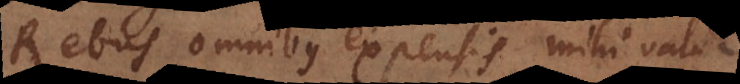
Rebus omnibus expensis mihi valde